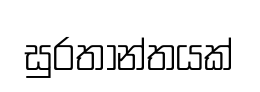
සුරතාන්තයක්